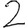
Digit: 2